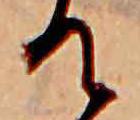
て